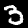
Label: 3